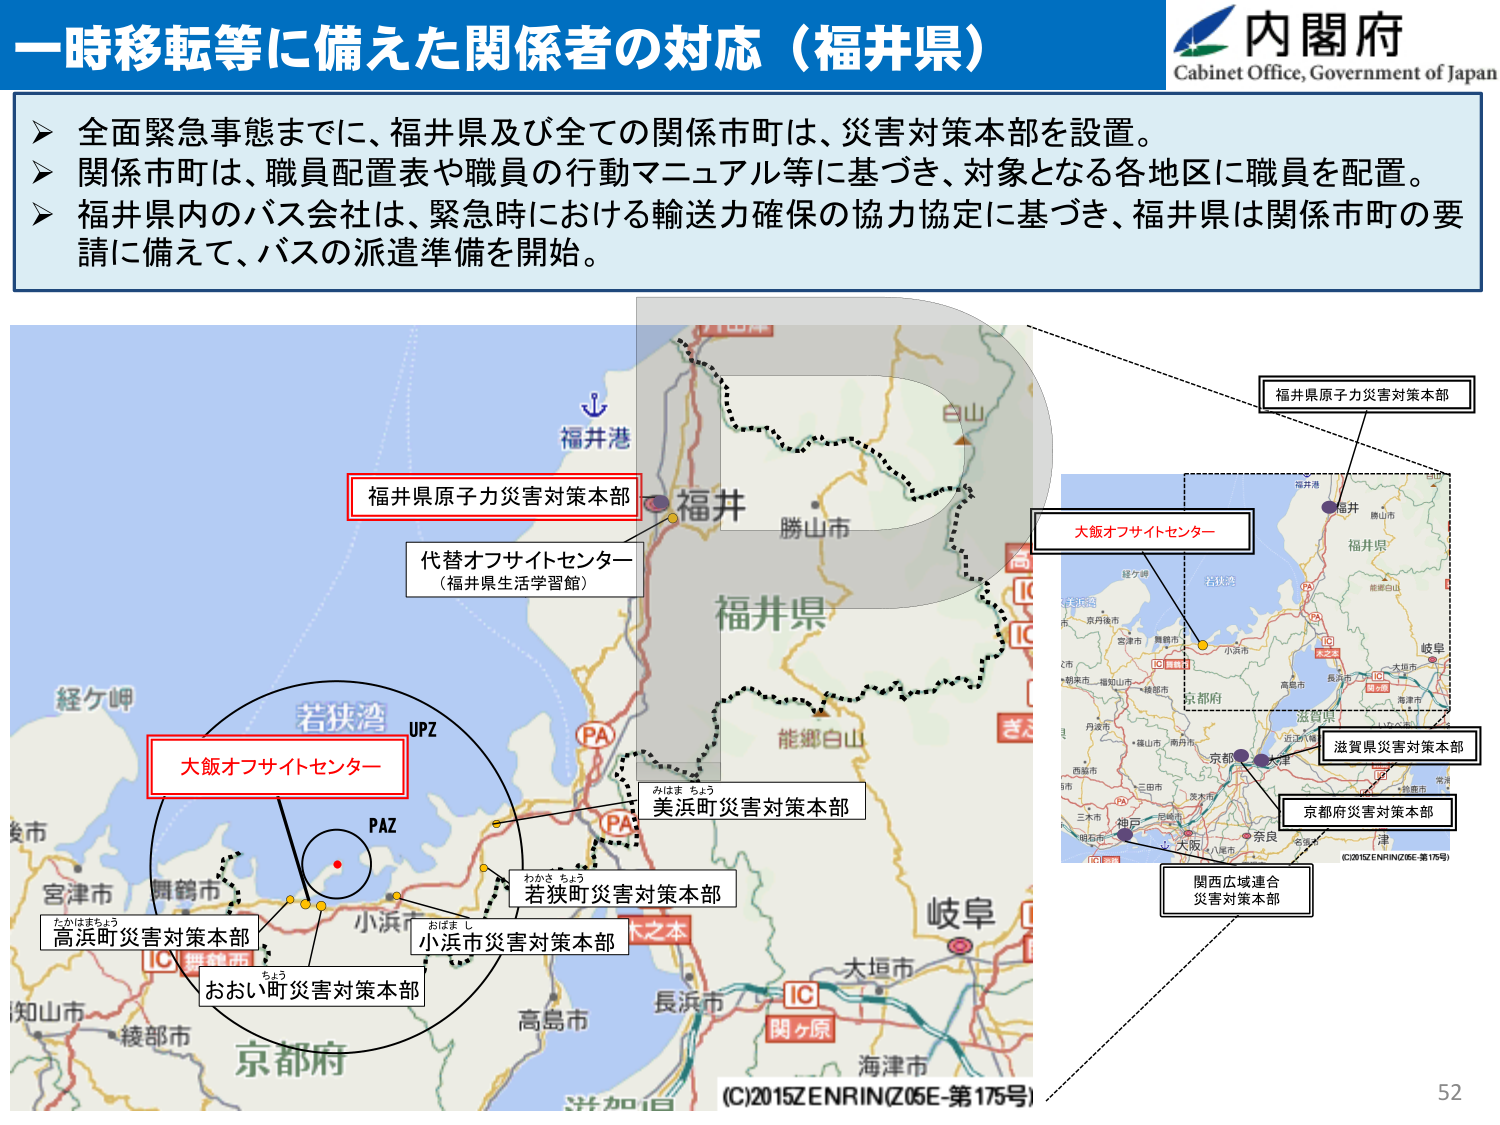
一時移転等に備えた関係者の対応（福井県）

内閣府
Cabinet Office, Government of Japan

▶ 全面緊急事態までに、福井県及び全ての関係市町は、災害対策本部を設置。
▶ 関係市町は、職員配置表や職員の行動マニュアル等に基づき、対象となる各地区に職員を配置。
▶ 福井県内のバス会社は、緊急時における輸送力確保の協力協定に基づき、福井県は関係市町の要請に備えて、バスの派遣準備を開始。

福井港
福井
勝山市
福井県
白山
能郷白山
経ケ岬
若狭湾
UPZ
PAZ
小浜市
大垣市
関ヶ原
海津市
長浜市
高島市
京都市
滋賀県
京都府
丹後市
舞鶴市
宮津市
綾部市
福知山市
京丹後市
京都市
大阪府
神戸
奈良
津
大阪
八尾市
名張市
三田市
三木市
姫路市
西宮市
尼崎市
明石市
高槻市
大津市
彦根市
草津市
守山市
枚方市
茨木市
吹田市
泉大津市
堺市
和歌山市
熊野市
田辺市
橋本市
伊勢市
松阪市
津市
四日市市
桑名市
鈴鹿市
亀山市
伊賀市
伊勢市
松阪市
津市
四日市市
桑名市
鈴鹿市
亀山市
伊賀市
福井県
福井市
鯖江市
越前市
坂井市
大野市
勝山市
鯖江市
越前市
坂井市
大野市
勝山市
福井港
福井
勝山市
福井県
白山
能郷白山
経ケ岬
若狭湾
UPZ
PAZ
小浜市
大垣市
関ヶ原
海津市
長浜市
高島市
京都市
滋賀県
京都府
丹後市
舞鶴市
宮津市
綾部市
福知山市
京丹後市
京都市
大阪府
神戸
奈良
津
大阪
八尾市
名張市
三田市
三木市
姫路市
西宮市
尼崎市
明石市
高槻市
大津市
彦根市
草津市
守山市
枚方市
茨木市
吹田市
泉大津市
堺市
和歌山市
熊野市
田辺市
橋本市
伊勢市
松阪市
津市
四日市市
桑名市
鈴鹿市
亀山市
伊賀市
福井県
福井市
鯖江市
越前市
坂井市
大野市
勝山市
鯖江市
越前市
坂井市
大野市
勝山市
福井港
福井
勝山市
福井県
白山
能郷白山
経ケ岬
若狭湾
UPZ
PAZ
小浜市
大垣市
関ヶ原
海津市
長浜市
高島市
京都市
滋賀県
京都府
丹後市
舞鶴市
宮津市
綾部市
福知山市
京丹後市
京都市
大阪府
神戸
奈良
津
大阪
八尾市
名張市
三田市
三木市
姫路市
西宮市
尼崎市
明石市
高槻市
大津市
彦根市
草津市
守山市
枚方市
茨木市
吹田市
泉大津市
堺市
和歌山市
熊野市
田辺市
橋本市
伊勢市
松阪市
津市
四日市市
桑名市
鈴鹿市
亀山市
伊賀市
福井県
福井市
鯖江市
越前市
坂井市
大野市
勝山市
鯖江市
越前市
坂井市
大野市
勝山市
福井港
福井
勝山市
福井県
白山
能郷白山
経ケ岬
若狭湾
UPZ
PAZ
小浜市
大垣市
関ヶ原
海津市
長浜市
高島市
京都市
滋賀県
京都府
丹後市
舞鶴市
宮津市
綾部市
福知山市
京丹後市
京都市
大阪府
神戸
奈良
津
大阪
八尾市
名張市
三田市
三木市
姫路市
西宮市
尼崎市
明石市
高槻市
大津市
彦根市
草津市
守山市
枚方市
茨木市
吹田市
泉大津市
堺市
和歌山市
熊野市
田辺市
橋本市
伊勢市
松阪市
津市
四日市市
桑名市
鈴鹿市
亀山市
伊賀市
福井県
福井市
鯖江市
越前市
坂井市
大野市
勝山市
鯖江市
越前市
坂井市
大野市
勝山市
福井港
福井
勝山市
福井県
白山
能郷白山
経ケ岬
若狭湾
UPZ
PAZ
小浜市
大垣市
関ヶ原
海津市
長浜市
高島市
京都市
滋賀県
京都府
丹後市
舞鶴市
宮津市
綾部市
福知山市
京丹後市
京都市
大阪府
神戸
奈良
津
大阪
八尾市
名張市
三田市
三木市
姫路市
西宮市
尼崎市
明石市
高槻市
大津市
彦根市
草津市
守山市
枚方市
茨木市
吹田市
泉大津市
堺市
和歌山市
熊野市
田辺市
橋本市
伊勢市
松阪市
津市
四日市市
桑名市
鈴鹿市
亀山市
伊賀市
福井県
福井市
鯖江市
越前市
坂井市
大野市
勝山市
鯖江市
越前市
坂井市
大野市
勝山市
福井港
福井
勝山市
福井県
白山
能郷白山
経ケ岬
若狭湾
UPZ
PAZ
小浜市
大垣市
関ヶ原
海津市
長浜市
高島市
京都市
滋賀県
京都府
丹後市
舞鶴市
宮津市
綾部市
福知山市
京丹後市
京都市
大阪府
神戸
奈良
津
大阪
八尾市
名張市
三田市
三木市
姫路市
西宮市
尼崎市
明石市
高槻市
大津市
彦根市
草津市
守山市
枚方市
茨木市
吹田市
泉大津市
堺市
和歌山市
熊野市
田辺市
橋本市
伊勢市
松阪市
津市
四日市市
桑名市
鈴鹿市
亀山市
伊賀市
福井県
福井市
鯖江市
越前市
坂井市
大野市
勝山市
鯖江市
越前市
坂井市
大野市
勝山市
福井港
福井
勝山市
福井県
白山
能郷白山
経ケ岬
若狭湾
UPZ
PAZ
小浜市
大垣市
関ヶ原
海津市
長浜市
高島市
京都市
滋賀県
京都府
丹後市
舞鶴市
宮津市
綾部市
福知山市
京丹後市
京都市
大阪府
神戸
奈良
津
大阪
八尾市
名張市
三田市
三木市
姫路市
西宮市
尼崎市
明石市
高槻市
大津市
彦根市
草津市
守山市
枚方市
茨木市
吹田市
泉大津市
堺市
和歌山市
熊野市
田辺市
橋本市
伊勢市
松阪市
津市
四日市市
桑名市
鈴鹿市
亀山市
伊賀市
福井県
福井市
鯖江市
越前市
坂井市
大野市
勝山市
鯖江市
越前市
坂井市
大野市
勝山市
福井港
福井
勝山市
福井県
白山
能郷白山
経ケ岬
若狭湾
UPZ
PAZ
小浜市
大垣市
関ヶ原
海津市
長浜市
高島市
京都市
滋賀県
京都府
丹後市
舞鶴市
宮津市
綾部市
福知山市
京丹後市
京都市
大阪府
神戸
奈良
津
大阪
八尾市
名張市
三田市
三木市
姫路市
西宮市
尼崎市
明石市
高槻市
大津市
彦根市
草津市
守山市
枚方市
茨木市
吹田市
泉大津市
堺市
和歌山市
熊野市
田辺市
橋本市
伊勢市
松阪市
津市
四日市市
桑名市
鈴鹿市
亀山市
伊賀市
福井県
福井市
鯖江市
越前市
坂井市
大野市
勝山市
鯖江市
越前市
坂井市
大野市
勝山市
福井港
福井
勝山市
福井県
白山
能郷白山
経ケ岬
若狭湾
UPZ
PAZ
小浜市
大垣市
関ヶ原
海津市
長浜市
高島市
京都市
滋賀県
京都府
丹後市
舞鶴市
宮津市
綾部市
福知山市
京丹後市
京都市
大阪府
神戸
奈良
津
大阪
八尾市
名張市
三田市
三木市
姫路市
西宮市
尼崎市
明石市
高槻市
大津市
彦根市
草津市
守山市
枚方市
茨木市
吹田市
泉大津市
堺市
和歌山市
熊野市
田辺市
橋本市
伊勢市
松阪市
津市
四日市市
桑名市
鈴鹿市
亀山市
伊賀市
福井県
福井市
鯖江市
越前市
坂井市
大野市
勝山市
鯖江市
越前市
坂井市
大野市
勝山市
福井港
福井
勝山市
福井県
白山
能郷白山
経ケ岬
若狭湾
UPZ
PAZ
小浜市
大垣市
関ヶ原
海津市
長浜市
高島市
京都市
滋賀県
京都府
丹後市
舞鶴市
宮津市
綾部市
福知山市
京丹後市
京都市
大阪府
神戸
奈良
津
大阪
八尾市
名張市
三田市
三木市
姫路市
西宮市
尼崎市
明石市
高槻市
大津市
彦根市
草津市
守山市
枚方市
茨木市
吹田市
泉大津市
堺市
和歌山市
熊野市
田辺市
橋本市
伊勢市
松阪市
津市
四日市市
桑名市
鈴鹿市
亀山市
伊賀市
福井県
福井市
鯖江市
越前市
坂井市
大野市
勝山市
鯖江市
越前市
坂井市
大野市
勝山市
福井港
福井
勝山市
福井県
白山
能郷白山
経ケ岬
若狭湾
UPZ
PAZ
小浜市
大垣市
関ヶ原
海津市
長浜市
高島市
京都市
滋賀県
京都府
丹後市
舞鶴市
宮津市
綾部市
福知山市
京丹後市
京都市
大阪府
神戸
奈良
津
大阪
八尾市
名張市
三田市
三木市
姫路市
西宮市
尼崎市
明石市
高槻市
大津市
彦根市
草津市
守山市
枚方市
茨木市
吹田市
泉大津市
堺市
和歌山市
熊野市
田辺市
橋本市
伊勢市
松阪市
津市
四日市市
桑名市
鈴鹿市
亀山市
伊賀市
福井県
福井市
鯖江市
越前市
坂井市
大野市
勝山市
鯖江市
越前市
坂井市
大野市
勝山市
福井港
福井
勝山市
福井県
白山
能郷白山
経ケ岬
若狭湾
UPZ
PAZ
小浜市
大垣市
関ヶ原
海津市
長浜市
高島市
京都市
滋賀県
京都府
丹後市
舞鶴市
宮津市
綾部市
福知山市
京丹後市
京都市
大阪府
神戸
奈良
津
大阪
八尾市
名張市
三田市
三木市
姫路市
西宮市
尼崎市
明石市
高槻市
大津市
彦根市
草津市
守山市
枚方市
茨木市
吹田市
泉大津市
堺市
和歌山市
熊野市
田辺市
橋本市
伊勢市
松阪市
津市
四日市市
桑名市
鈴鹿市
亀山市
伊賀市
福井県
福井市
鯖江市
越前市
坂井市
大野市
勝山市
鯖江市
越前市
坂井市
大野市
勝山市
福井港
福井
勝山市
福井県
白山
能郷白山
経ケ岬
若狭湾
UPZ
PAZ
小浜市
大垣市
関ヶ原
海津市
長浜市
高島市
京都市
滋賀県
京都府
丹後市
舞鶴市
宮津市
綾部市
福知山市
京丹後市
京都市
大阪府
神戸
奈良
津
大阪
八尾市
名張市
三田市
三木市
姫路市
西宮市
尼崎市
明石市
高槻市
大津市
彦根市
草津市
守山市
枚方市
茨木市
吹田市
泉大津市
堺市
和歌山市
熊野市
田辺市
橋本市
伊勢市
松阪市
津市
四日市市
桑名市
鈴鹿市
亀山市
伊賀市
福井県
福井市
鯖江市
越前市
坂井市
大野市
勝山市
鯖江市
越前市
坂井市
大野市
勝山市
福井港
福井
勝山市
福井県
白山
能郷白山
経ケ岬
若狭湾
UPZ
PAZ
小浜市
大垣市
関ヶ原
海津市
長浜市
高島市
京都市
滋賀県
京都府
丹後市
舞鶴市
宮津市
綾部市
福知山市
京丹後市
京都市
大阪府
神戸
奈良
津
大阪
八尾市
名張市
三田市
三木市
姫路市
西宮市
尼崎市
明石市
高槻市
大津市
彦根市
草津市
守山市
枚方市
茨木市
吹田市
泉大津市
堺市
和歌山市
熊野市
田辺市
橋本市
伊勢市
松阪市
津市
四日市市
桑名市
鈴鹿市
亀山市
伊賀市
福井県
福井市
鯖江市
越前市
坂井市
大野市
勝山市
鯖江市
越前市
坂井市
大野市
勝山市
福井港
福井
勝山市
福井県
白山
能郷白山
経ケ岬
若狭湾
UPZ
PAZ
小浜市
大垣市
関ヶ原
海津市
長浜市
高島市
京都市
滋賀県
京都府
丹後市
舞鶴市
宮津市
綾部市
福知山市
京丹後市
京都市
大阪府
神戸
奈良
津
大阪
八尾市
名張市
三田市
三木市
姫路市
西宮市
尼崎市
明石市
高槻市
大津市
彦根市
草津市
守山市
枚方市
茨木市
吹田市
泉大津市
堺市
和歌山市
熊野市
田辺市
橋本市
伊勢市
松阪市
津市
四日市市
桑名市
鈴鹿市
亀山市
伊賀市
福井県
福井市
鯖江市
越前市
坂井市
大野市
勝山市
鯖江市
越前市
坂井市
大野市
勝山市
福井港
福井
勝山市
福井県
白山
能郷白山
経ケ岬
若狭湾
UPZ
PAZ
小浜市
大垣市
関ヶ原
海津市
長浜市
高島市
京都市
滋賀県
京都府
丹後市
舞鶴市
宮津市
綾部市
福知山市
京丹後市
京都市
大阪府
神戸
奈良
津
大阪
八尾市
名張市
三田市
三木市
姫路市
西宮市
尼崎市
明石市
高槻市
大津市
彦根市
草津市
守山市
枚方市
茨木市
吹田市
泉大津市
堺市
和歌山市
熊野市
田辺市
橋本市
伊勢市
松阪市
津市
四日市市
桑名市
鈴鹿市
亀山市
伊賀市
福井県
福井市
鯖江市
越前市
坂井市
大野市
勝山市
鯖江市
越前市
坂井市
大野市
勝山市
福井港
福井
勝山市
福井県
白山
能郷白山
経ケ岬
若狭湾
UPZ
PAZ
小浜市
大垣市
関ヶ原
海津市
長浜市
高島市
京都市
滋賀県
京都府
丹後市
舞鶴市
宮津市
綾部市
福知山市
京丹後市
京都市
大阪府
神戸
奈良
津
大阪
八尾市
名張市
三田市
三木市
姫路市
西宮市
尼崎市
明石市
高槻市
大津市
彦根市
草津市
守山市
枚方市
茨木市
吹田市
泉大津市
堺市
和歌山市
熊野市
田辺市
橋本市
伊勢市
松阪市
津市
四日市市
桑名市
鈴鹿市
亀山市
伊賀市
福井県
福井市
鯖江市
越前市
坂井市
大野市
勝山市
鯖江市
越前市
坂井市
大野市
勝山市
福井港
福井
勝山市
福井県
白山
能郷白山
経ケ岬
若狭湾
UPZ
PAZ
小浜市
大垣市
関ヶ原
海津市
長浜市
高島市
京都市
滋賀県
京都府
丹後市
舞鶴市
宮津市
綾部市
福知山市
京丹後市
京都市
大阪府
神戸
奈良
津
大阪
八尾市
名張市
三田市
三木市
姫路市
西宮市
尼崎市
明石市
高槻市
大津市
彦根市
草津市
守山市
枚方市
茨木市
吹田市
泉大津市
堺市
和歌山市
熊野市
田辺市
橋本市
伊勢市
松阪市
津市
四日市市
桑名市
鈴鹿市
亀山市
伊賀市
福井県
福井市
鯖江市
越前市
坂井市
大野市
勝山市
鯖江市
越前市
坂井市
大野市
勝山市
福井港
福井
勝山市
福井県
白山
能郷白山
経ケ岬
若狭湾
UPZ
PAZ
小浜市
大垣市
関ヶ原
海津市
長浜市
高島市
京都市
滋賀県
京都府
丹後市
舞鶴市
宮津市
綾部市
福知山市
京丹後市
京都市
大阪府
神戸
奈良
津
大阪
八尾市
名張市
三田市
三木市
姫路市
西宮市
尼崎市
明石市
高槻市
大津市
彦根市
草津市
守山市
枚方市
茨木市
吹田市
泉大津市
堺市
和歌山市
熊野市
田辺市
橋本市
伊勢市
松阪市
津市
四日市市
桑名市
鈴鹿市
亀山市
伊賀市
福井県
福井市
鯖江市
越前市
坂井市
大野市
勝山市
鯖江市
越前市
坂井市
大野市
勝山市
福井港
福井
勝山市
福井県
白山
能郷白山
経ケ岬
若狭湾
UPZ
PAZ
小浜市
大垣市
関ヶ原
海津市
長浜市
高島市
京都市
滋賀県
京都府
丹後市
舞鶴市
宮津市
綾部市
福知山市
京丹後市
京都市
大阪府
神戸
奈良
津
大阪
八尾市
名張市
三田市
三木市
姫路市
西宮市
尼崎市
明石市
高槻市
大津市
彦根市
草津市
守山市
枚方市
茨木市
吹田市
泉大津市
堺市
和歌山市
熊野市
田辺市
橋本市
伊勢市
松阪市
津市
四日市市
桑名市
鈴鹿市
亀山市
伊賀市
福井県
福井市
鯖江市
越前市
坂井市
大野市
勝山市
鯖江市
越前市
坂井市
大野市
勝山市
福井港
福井
勝山市
福井県
白山
能郷白山
経ケ岬
若狭湾
UPZ
PAZ
小浜市
大垣市
関ヶ原
海津市
長浜市
高島市
京都市
滋賀県
京都府
丹後市
舞鶴市
宮津市
綾部市
福知山市
京丹後市
京都市
大阪府
神戸
奈良
津
大阪
八尾市
名張市
三田市
三木市
姫路市
西宮市
尼崎市
明石市
高槻市
大津市
彦根市
草津市
守山市
枚方市
茨木市
吹田市
泉大津市
堺市
和歌山市
熊野市
田辺市
橋本市
伊勢市
松阪市
津市
四日市市
桑名市
鈴鹿市
亀山市
伊賀市
福井県
福井市
鯖江市
越前市
坂井市
大野市
勝山市
鯖江市
越前市
坂井市
大野市
勝山市
福井港
福井
勝山市
福井県
白山
能郷白山
経ケ岬
若狭湾
UPZ
PAZ
小浜市
大垣市
関ヶ原
海津市
長浜市
高島市
京都市
滋賀県
京都府
丹後市
舞鶴市
宮津市
綾部市
福知山市
京丹後市
京都市
大阪府
神戸
奈良
津
大阪
八尾市
名張市
三田市
三木市
姫路市
西宮市
尼崎市
明石市
高槻市
大津市
彦根市
草津市
守山市
枚方市
茨木市
吹田市
泉大津市
堺市
和歌山市
熊野市
田辺市
橋本市
伊勢市
松阪市
津市
四日市市
桑名市
鈴鹿市
亀山市
伊賀市
福井県
福井市
鯖江市
越前市
坂井市
大野市
勝山市
鯖江市
越前市
坂井市
大野市
勝山市
福井港
福井
勝山市
福井県
白山
能郷白山
経ケ岬
若狭湾
UPZ
PAZ
小浜市
大垣市
関ヶ原
海津市
長浜市
高島市
京都市
滋賀県
京都府
丹後市
舞鶴市
宮津市
綾部市
福知山市
京丹後市
京都市
大阪府
神戸
奈良
津
大阪
八尾市
名張市
三田市
三木市
姫路市
西宮市
尼崎市
明石市
高槻市
大津市
彦根市
草津市
守山市
枚方市
茨木市
吹田市
泉大津市
堺市
和歌山市
熊野市
田辺市
橋本市
伊勢市
松阪市
津市
四日市市
桑名市
鈴鹿市
亀山市
伊賀市
福井県
福井市
鯖江市
越前市
坂井市
大野市
勝山市
鯖江市
越前市
坂井市
大野市
勝山市
福井港
福井
勝山市
福井県
白山
能郷白山
経ケ岬
若狭湾
UPZ
PAZ
小浜市
大垣市
関ヶ原
海津市
長浜市
高島市
京都市
滋賀県
京都府
丹後市
舞鶴市
宮津市
綾部市
福知山市
京丹後市
京都市
大阪府
神戸
奈良
津
大阪
八尾市
名張市
三田市
三木市
姫路市
西宮市
尼崎市
明石市
高槻市
大津市
彦根市
草津市
守山市
枚方市
茨木市
吹田市
泉大津市
堺市
和歌山市
熊野市
田辺市
橋本市
伊勢市
松阪市
津市
四日市市
桑名市
鈴鹿市
亀山市
伊賀市
福井県
福井市
鯖江市
越前市
坂井市
大野市
勝山市
鯖江市
越前市
坂井市
大野市
勝山市
福井港
福井
勝山市
福井県
白山
能郷白山
経ケ岬
若狭湾
UPZ
PAZ
小浜市
大垣市
関ヶ原
海津市
長浜市
高島市
京都市
滋賀県
京都府
丹後市
舞鶴市
宮津市
綾部市
福知山市
京丹後市
京都市
大阪府
神戸
奈良
津
大阪
八尾市
名張市
三田市
三木市
姫路市
西宮市
尼崎市
明石市
高槻市
大津市
彦根市
草津市
守山市
枚方市
茨木市
吹田市
泉大津市
堺市
和歌山市
熊野市
田辺市
橋本市
伊勢市
松阪市
津市
四日市市
桑名市
鈴鹿市
亀山市
伊賀市
福井県
福井市
鯖江市
越前市
坂井市
大野市
勝山市
鯖江市
越前市
坂井市
大野市
勝山市
福井港
福井
勝山市
福井県
白山
能郷白山
経ケ岬
若狭湾
UPZ
PAZ
小浜市
大垣市
関ヶ原
海津市
長浜市
高島市
京都市
滋賀県
京都府
丹後市
舞鶴市
宮津市
綾部市
福知山市
京丹後市
京都市
大阪府
神戸
奈良
津
大阪
八尾市
名張市
三田市
三木市
姫路市
西宮市
尼崎市
明石市
高槻市
大津市
彦根市
草津市
守山市
枚方市
茨木市
吹田市
泉大津市
堺市
和歌山市
熊野市
田辺市
橋本市
伊勢市
松阪市
津市
四日市市
桑名市
鈴鹿市
亀山市
伊賀市
福井県
福井市
鯖江市
越前市
坂井市
大野市
勝山市
鯖江市
越前市
坂井市
大野市
勝山市
福井港
福井
勝山市
福井県
白山
能郷白山
経ケ岬
若狭湾
UPZ
PAZ
小浜市
大垣市
関ヶ原
海津市
長浜市
高島市
京都市
滋賀県
京都府
丹後市
舞鶴市
宮津市
綾部市
福知山市
京丹後市
京都市
大阪府
神戸
奈良
津
大阪
八尾市
名張市
三田市
三木市
姫路市
西宮市
尼崎市
明石市
高槻市
大津市
彦根市
草津市
守山市
枚方市
茨木市
吹田市
泉大津市
堺市
和歌山市
熊野